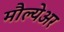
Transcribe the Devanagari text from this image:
मौल्येअर